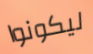
ليكونوا